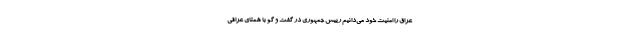
عراق را امنیت خود می‌دانیم رییس جمهوری در گفت و گو با همتای عراقی